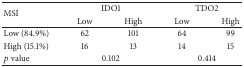
<table><thead><tr><td rowspan="2"><b>MSI</b></td><td colspan="2"><b>IDO1</b></td><td colspan="2"><b>TDO2</b></td></tr><tr><td><b>Low</b></td><td><b>High</b></td><td><b>Low</b></td><td><b>High</b></td></tr></thead><tbody><tr><td>Low (84.9%)</td><td>62</td><td>101</td><td>64</td><td>99</td></tr><tr><td>High (15.1%)</td><td>16</td><td>13</td><td>14</td><td>15</td></tr><tr><td><i>p</i> value</td><td colspan="2">0.102</td><td colspan="2">0.414</td></tr></tbody></table>